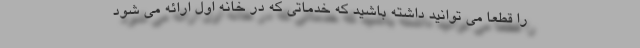
را قطعا می توانید داشته باشید که خدماتی که در خانه اول ارائه می شود